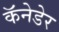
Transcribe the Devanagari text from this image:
कॅनेडेर